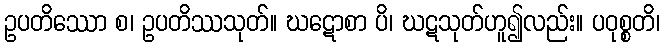
ဥပတိဿော စ၊ ဥပတိဿသုတ်။ ဃဋောစာ ပိ၊ ဃဋသုတ်ဟူ၍လည်း။ ပဝုစ္စတိ၊